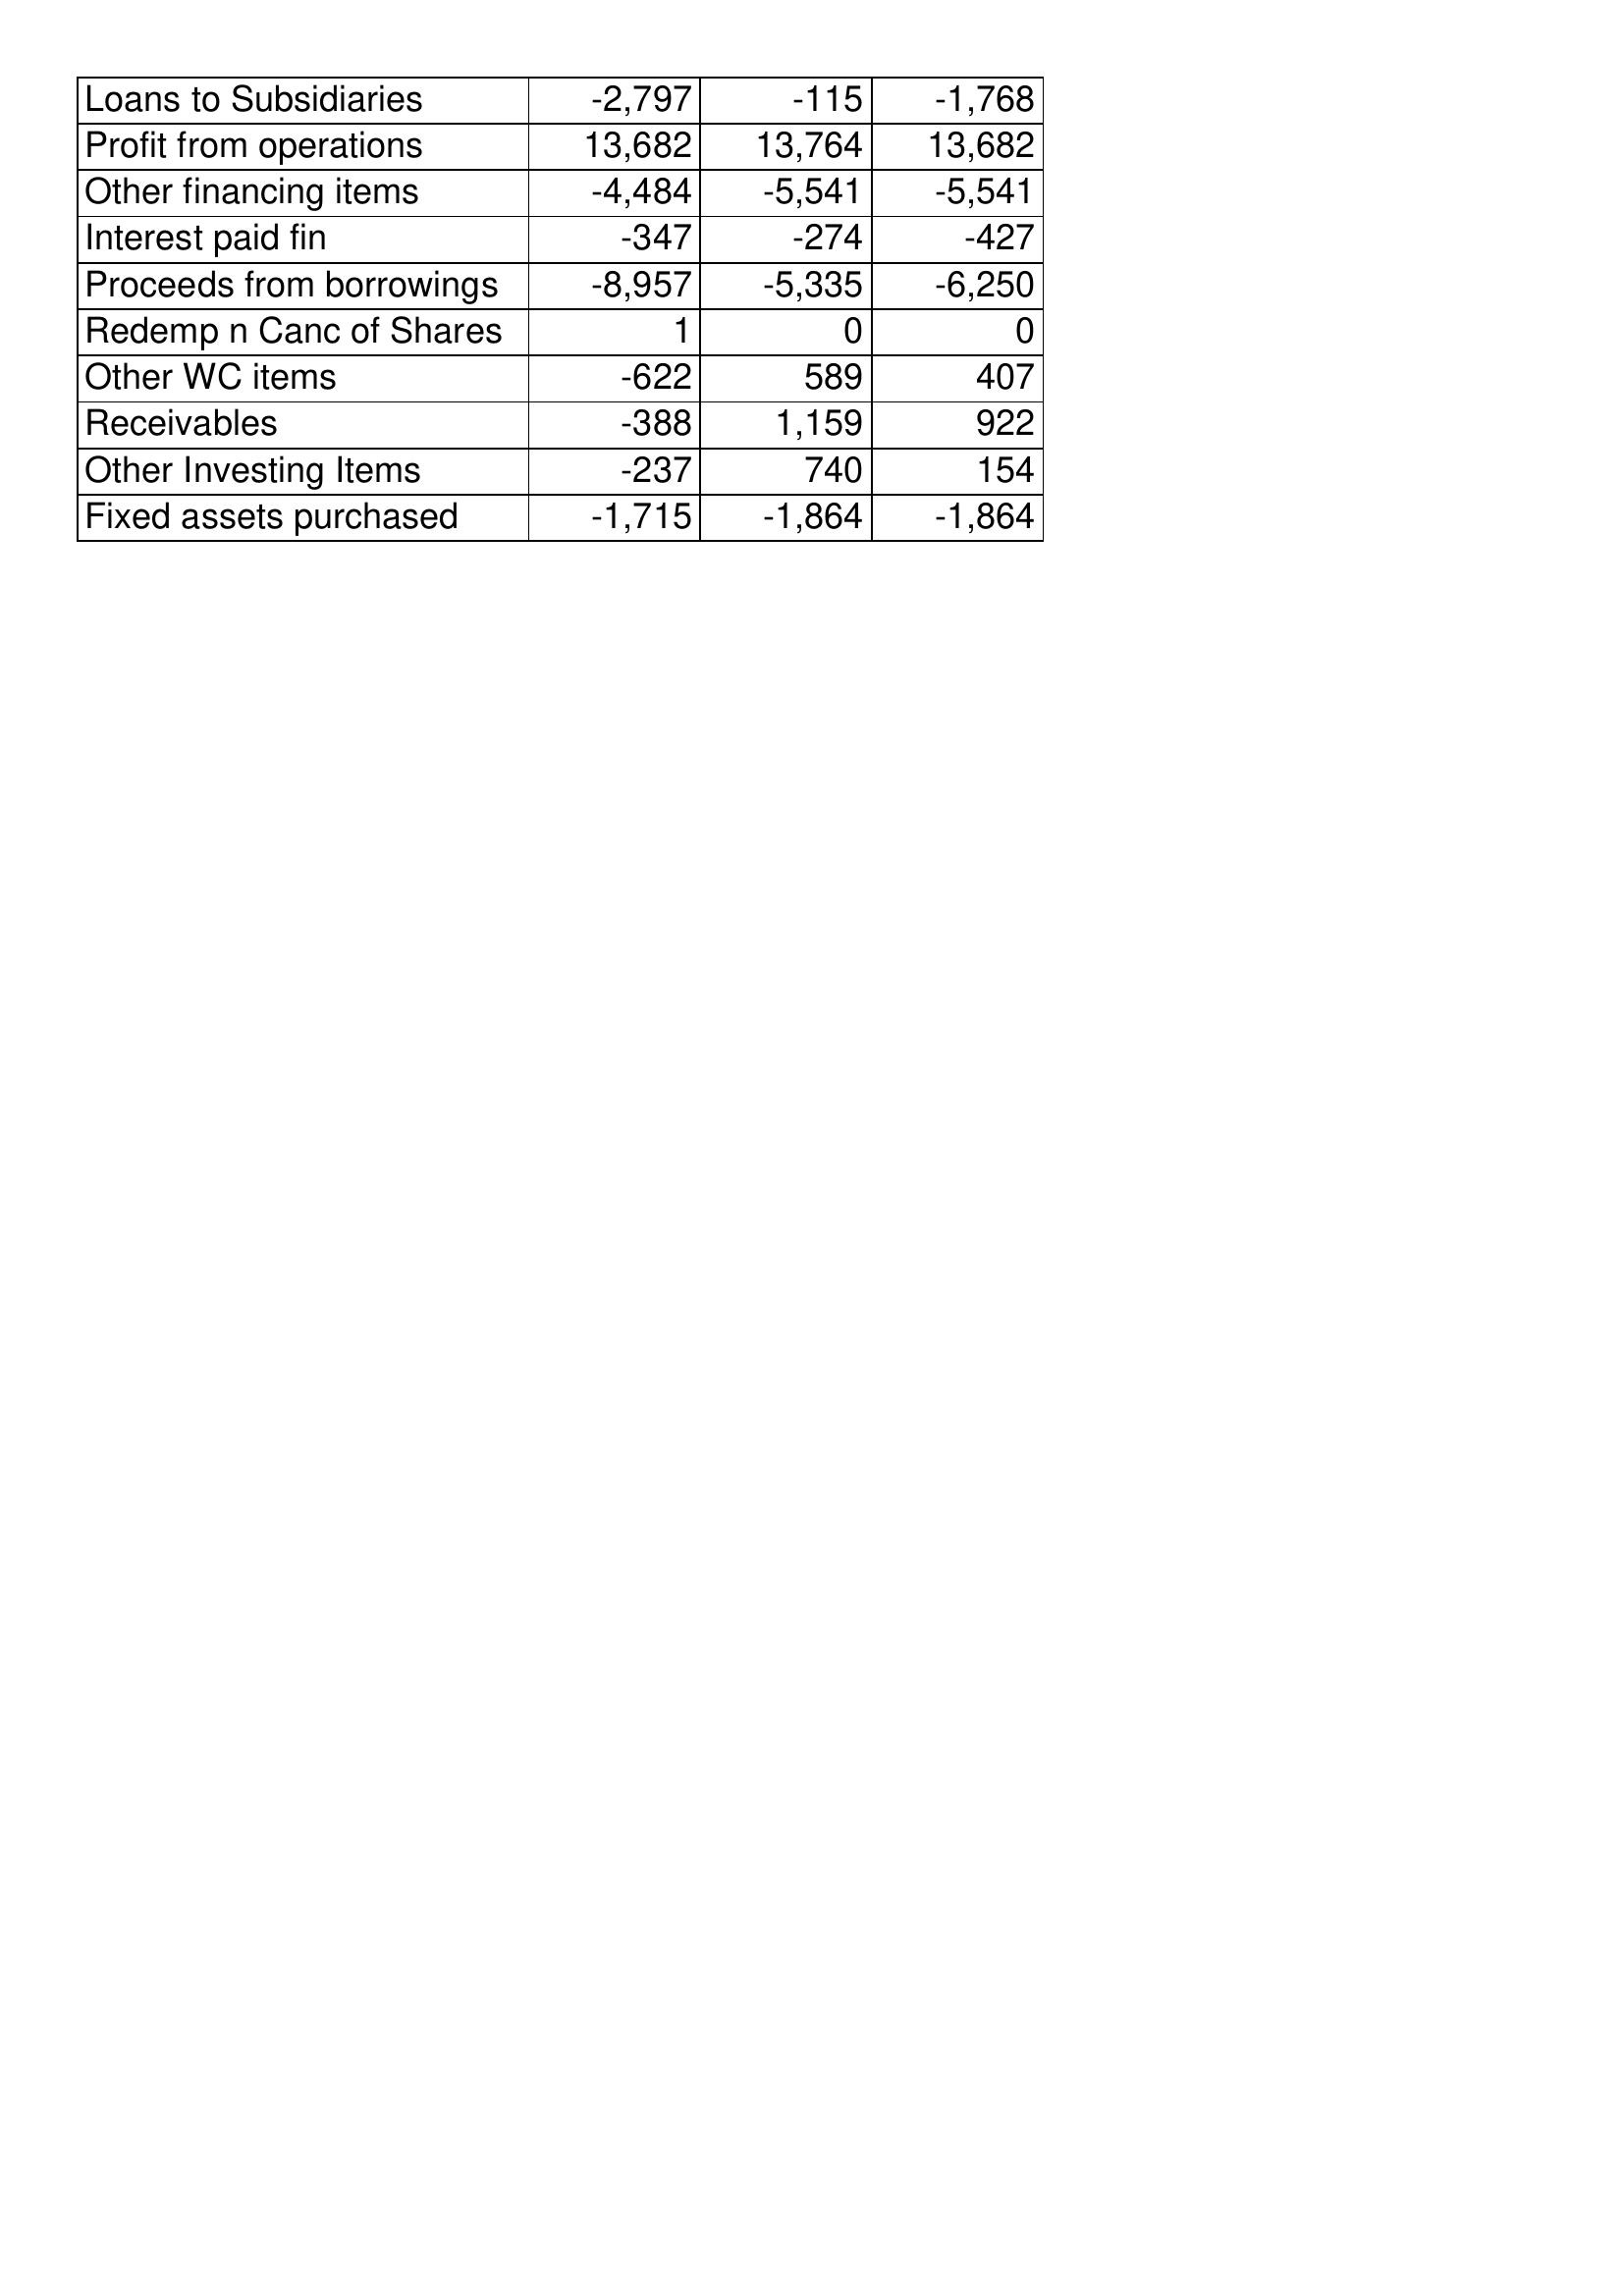
Apr-00: Cash Flows: Loans to Subsidiaries: -2,797
Profit from operations: 13,682
Other financing items: -4,484
Interest paid fin: -347
Proceeds from borrowings: -8,957
Redemp n Canc of Shares: 1
Other WC items: -622
Receivables: -388
Other Investing Items: -237
Fixed assets purchased: -1,715
Apr-99: Cash Flows: Loans to Subsidiaries: -115
Profit from operations: 13,764
Other financing items: -5,541
Interest paid fin: -274
Proceeds from borrowings: -5,335
Redemp n Canc of Shares: 0
Other WC items: 589
Receivables: 1,159
Other Investing Items: 740
Fixed assets purchased: -1,864
Apr-98: Cash Flows: Loans to Subsidiaries: -1,768
Profit from operations: 13,682
Other financing items: -5,541
Interest paid fin: -427
Proceeds from borrowings: -6,250
Redemp n Canc of Shares: 0
Other WC items: 407
Receivables: 922
Other Investing Items: 154
Fixed assets purchased: -1,864